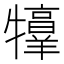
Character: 𤜀